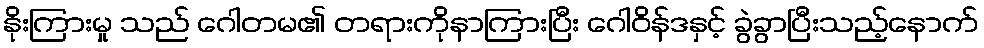
နိုးကြားမှု သည် ဂေါတမ၏ တရားကိုနာကြားပြီး ဂေါဝိန်ဒနှင့် ခွဲခွာပြီးသည့်နောက်